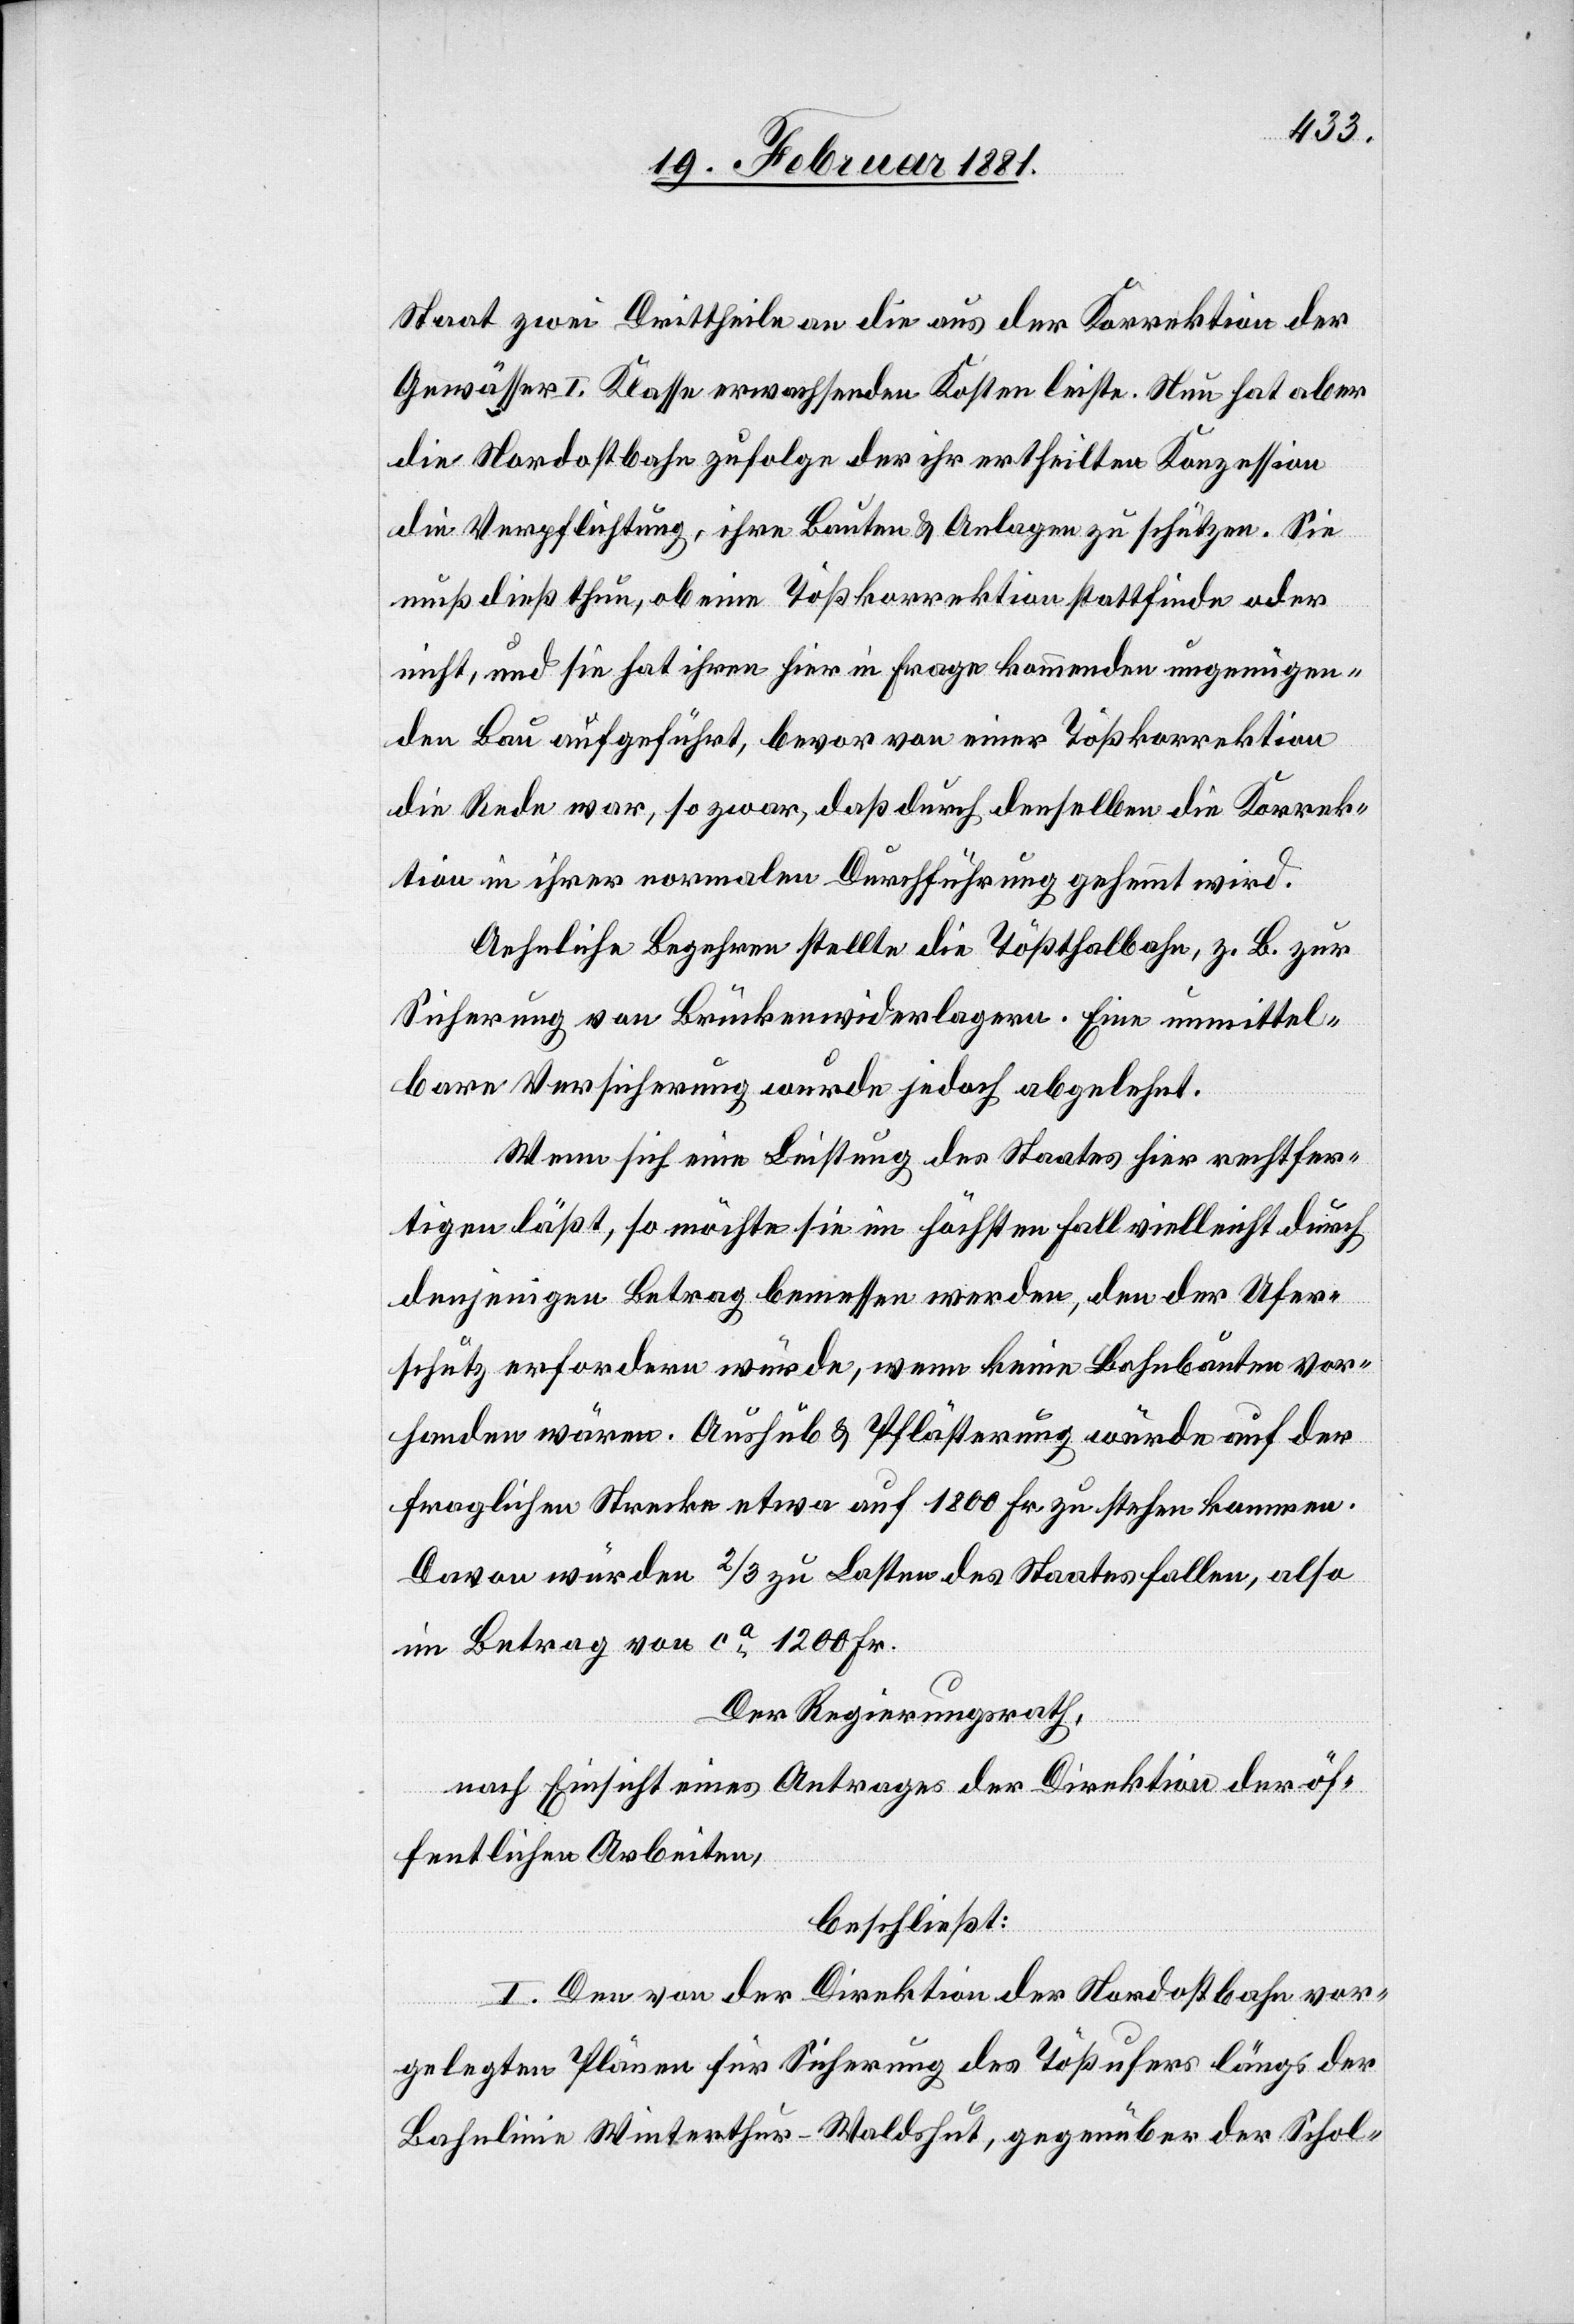
Staat zwei Drittheile an die aus der Korrektion der
Gewässer I. Klasse erwachsenden Kosten leiste. Neu hat aber
die Nordostbahn zufolge der ihr ertheilten Konzession
die Verpflichtung, ihre Bauten & Anlagen zu schützen. Sie
muß dieß thun, ob eine Tößkorrektion stattfindet oder
nicht und sie hat ihren hier in Frage kommenden ungenügen¬
den Bau aufgeführt, bevor von einer Tößkorrektion
die Rede war, so zwar, daß durch denselben die Korrek¬
tion in ihrer normalen Durchführung gehemmt wird.
Aehnliche Begehren stellte die Tößthalbahn, z. B. zur
Sicherung von Brückenwiderlagern. Eine unmittel¬
bare Versicherung wurde jedoch abgelehnt.
Wenn sich eine Leistung des Staates hier rechtfer¬
tigen läßt, so möchte sie im höchsten Fall vielleicht durch
denjenigen Betrag bemessen werden, den der Ufer¬
schutz erfordern würde, wenn keine Bahnbauten vor¬
handen wären. Aushub & Pflästerung würde auf der
fraglichen Strecke etwa auf 1800 Fr. zu stehen kommen.
Davon würden 2/3 zu Lasten des Staates fallen, also
im Betrag von ca 1200 Fr.
Der Regierungsrath,
nach Einsicht eines Antrages der Direktion der öf¬
fentlichen Arbeiten,
beschließt:
I. Den von der Direktion der Nordostbahn vor¬
gelegten Plänen für Sicherung des Tößufers längs der
Bahnlinie Winterthur–Waldshut, gegenüber der Scho-